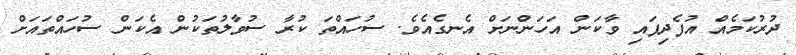
ދުރުކަމެއް އުފެދިފައި ވާކަން އަހަންނަށް އެނގެއެވެ. ސުހައްތަ ކުރާ ސުވާލުތަކުން އެކަން ސުހައްތައަށް